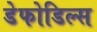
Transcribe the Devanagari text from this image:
डेफोडिल्स